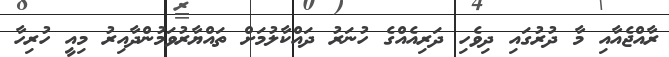
ރާއްޖެއާއި މާ ދުރުގައި ދިވެހި ދަރިއެއްގެ ހުނަރު ދައްކާލުމަށް ތައްޔާރުވަމުންދާއިރު މިއީ ހުރިހާ